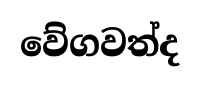
වේගවත්ද